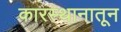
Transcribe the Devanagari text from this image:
कारस्थानातून